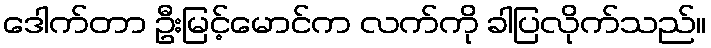
ဒေါက်တာ ဦးမြင့်မောင်က လက်ကို ခါပြလိုက်သည်။